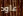
عاود